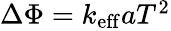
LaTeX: \begin{array}{r}{\Delta\Phi=k_{\mathrm{eff}}aT^{2}}\end{array}